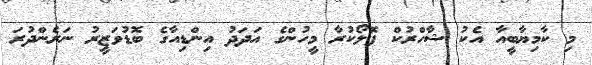
މި ކާމިޔާބީއާ އެކު ޝާހްރުކް ފޮލޯކުރާ މީހުންގެ އަދަދު އިންޑިއާގެ ބޮޑުވަޒީރު ނަރެންދުރަ